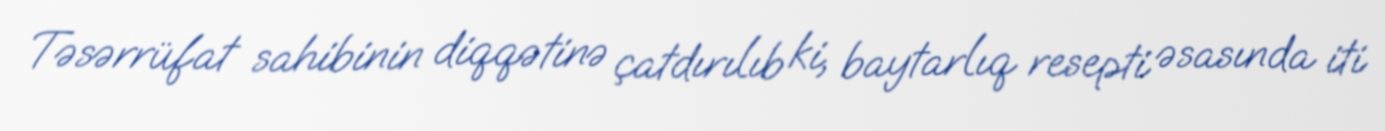
Təsərrüfat sahibinin diqqətinə çatdırılıb ki, baytarlıq resepti əsasında iti